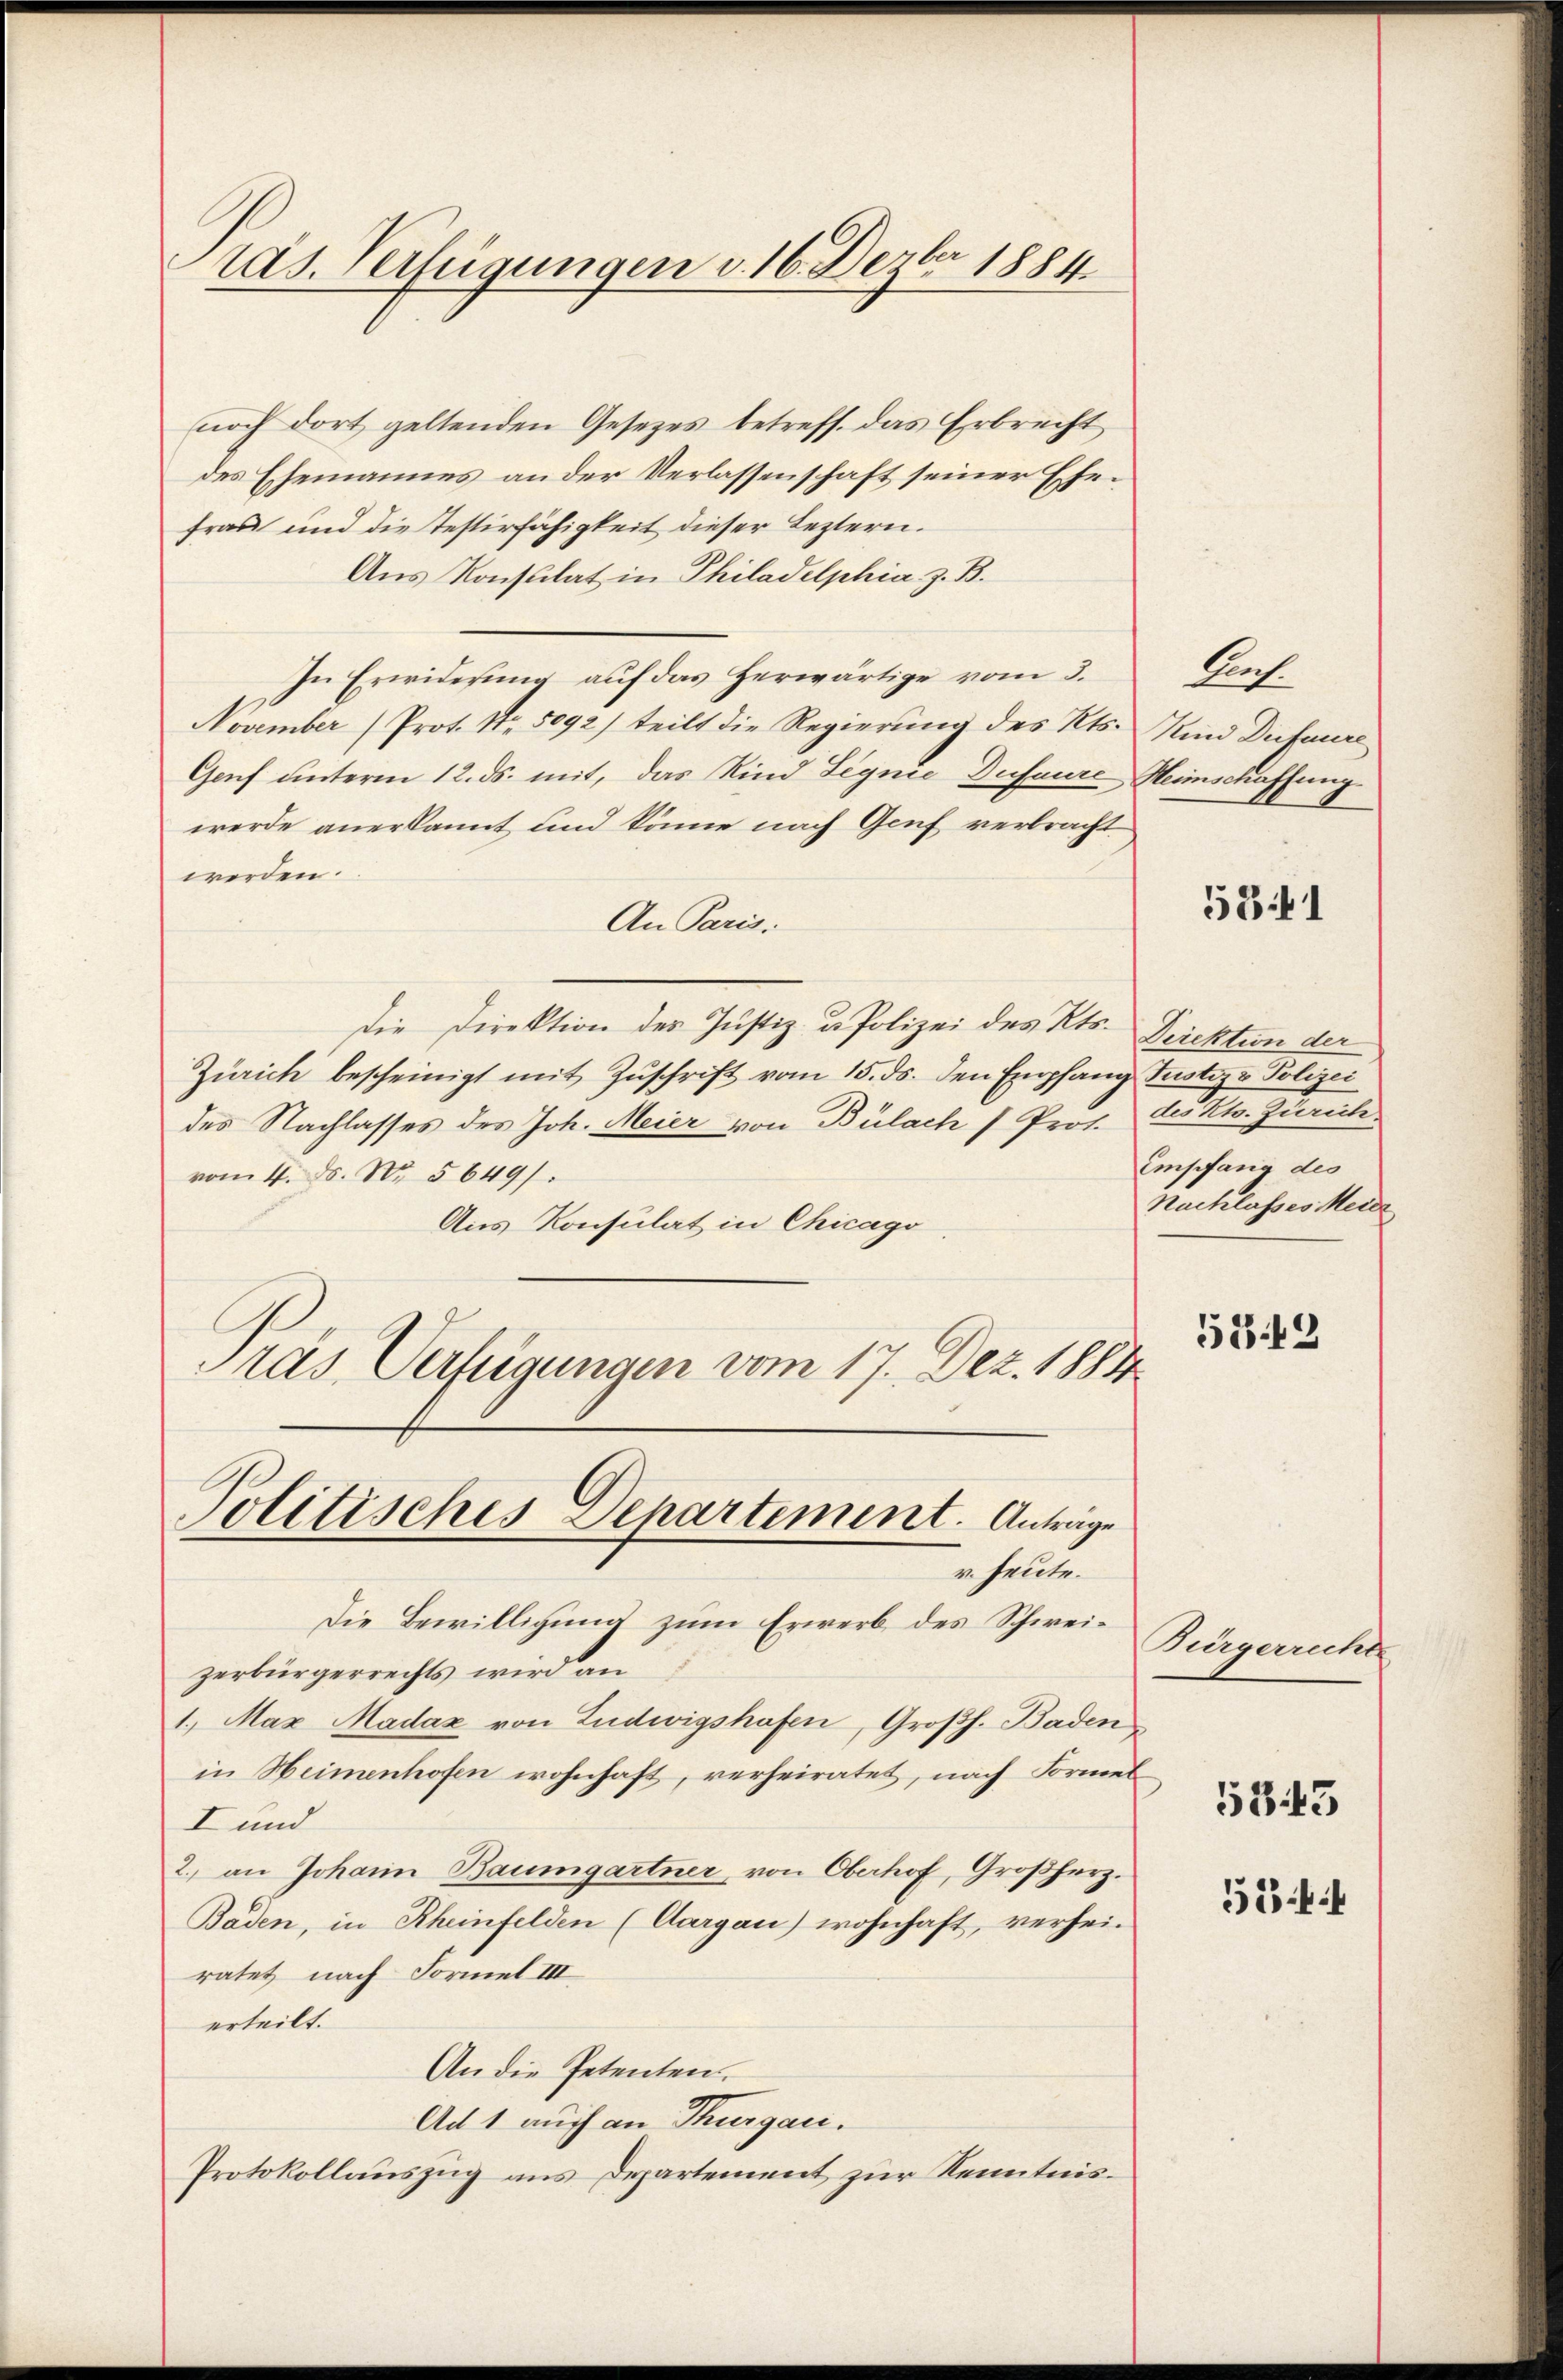
Präs. Verfügungen v. 16. Dezbr 1884.

noch dort geltenden Gesetzes betreff. das Erbrecht
des Ehemannes an der Verlassenschaft seiner Ehefras und die Testirfähigkeit dieser Leztern.
Aus Konsulat in Philadelphia z. B.
In Erwiderŭng aŭf das herwärtige vom 3.
November (Prot. Nr. 5092) teilt die Regierŭng des Kts.
Genf unterm 12. ds. mit, das Kind Legnie Dufaure Heimschaffung
werde anerkannt und könne nach Genf verbracht
werden.
An Paris.
Die Direktion des Justiz- u Polizei des Kts.
Zürich bescheinigt mit Zŭschrift vom 15. ds. den Empfang Justiz & Polizei
des Nachlasses des Joh. Meier von Bülach Prof. E. Kts. Zürich
vom 4. ds. N. 5649/
Aus Konsulat in Chicago
Pras Verfügungen vom 17. Dez. 1884

Politisches Departement. Antrage
v. heute.

Die Bewilligung zum Erwerb des Schweizerbürgerrechts wird an
1. Max Madaz von Ludwigshafen, Großh. Baden
in Heimenhofen wohnhaft, verheiratet, nach Formel
I und
2. an Johann Baumgartner, von Oberhof, Großherz.
Baden, in Rheinfelden (Aargau) wohnhaft, verheiratet nach Formel III
erteilt.
An die Petenten.
Ad 1 auch an Thurgau.
Protokollauszug aus Departement zur Kenntnis¬

Af.
Kind Diefnure

531

Direktion der
Empfang des
Nachlasses Meile

5842

Bürgerrechts

5343

534